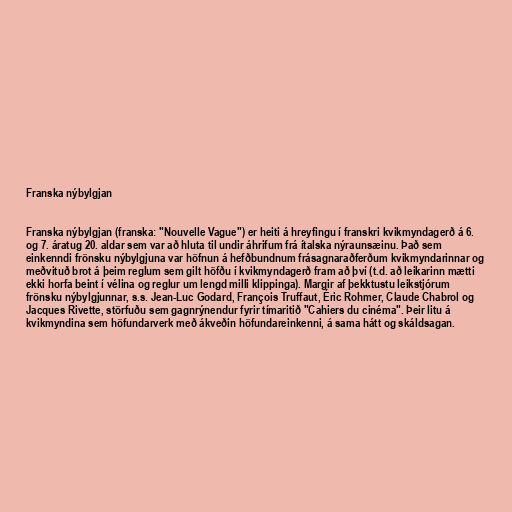
Franska nýbylgjan

Franska nýbylgjan (franska: "Nouvelle Vague") er heiti á hreyfingu í franskri kvikmyndagerð á 6.
og 7. áratug 20. aldar sem var að hluta til undir áhrifum frá ítalska nýraunsæinu. Það sem
einkenndi frönsku nýbylgjuna var höfnun á hefðbundnum frásagnaraðferðum kvikmyndarinnar og
meðvituð brot á þeim reglum sem gilt höfðu í kvikmyndagerð fram að því (t.d. að leikarinn mætti
ekki horfa beint í vélina og reglur um lengd milli klippinga). Margir af þekktustu leikstjórum
frönsku nýbylgjunnar, s.s. Jean-Luc Godard, François Truffaut, Éric Rohmer, Claude Chabrol og
Jacques Rivette, störfuðu sem gagnrýnendur fyrir tímaritið "Cahiers du cinéma". Þeir litu á
kvikmyndina sem höfundarverk með ákveðin höfundareinkenni, á sama hátt og skáldsagan.